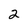
Character: 2